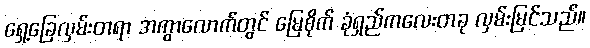
ရှေ့ခြေလှမ်းတရာ အကွာလောက်တွင် မြေစိုက် ခုံရှည်ကလေးတခု လှမ်းမြင်သည်။